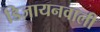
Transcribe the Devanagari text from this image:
डिजायनवाली